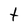
Character: t